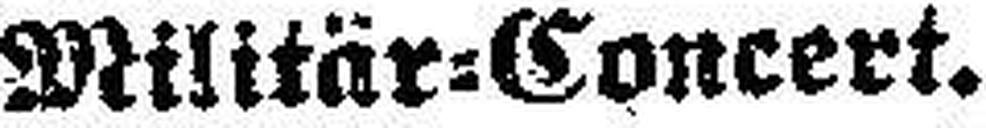
Militär=Concert.